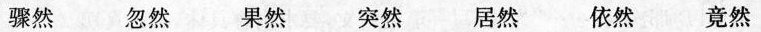
骤然 忽然果然 突然 居然依然 竟然